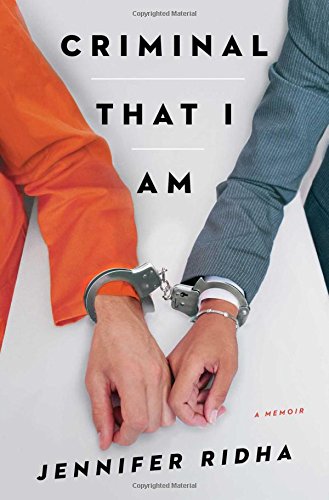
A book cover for Criminal That I Am: A Memoir; Jennifer Ridha; Law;